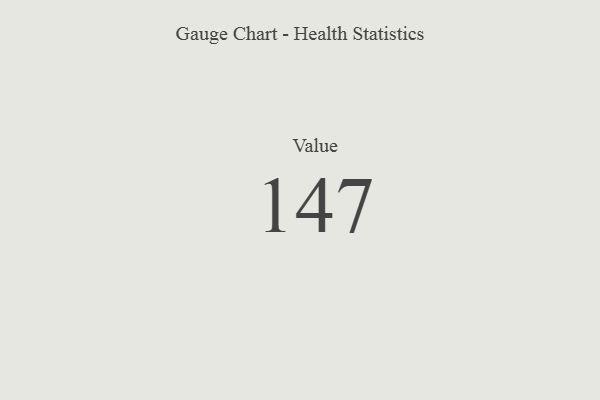
{"axis": {"x": "Metric", "y": "Value"}, "legend": [""], "data": [{"x": "Value", "y": 147, "type": ""}]}